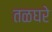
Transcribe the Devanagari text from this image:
तळघरे